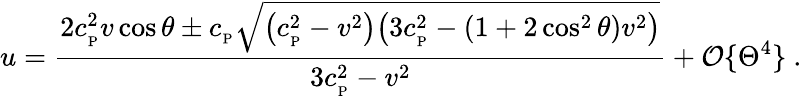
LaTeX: u={\frac{2c_{_\mathrm{P}}^{2}v\cos\theta\pm c_{_\mathrm{P}}\sqrt{\big(c_{_\mathrm{P}}^{2}-v^{2}\big)\big(3c_{_\mathrm{P}}^{2}-(1+2\cos^{2}\theta)v^{2}\big)}}{3c_{_\mathrm{P}}^{2}-v^{2}}}+{\cal O}\{ \Theta^{4}\} \ .